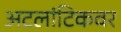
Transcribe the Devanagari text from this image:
अटलांटिकवर